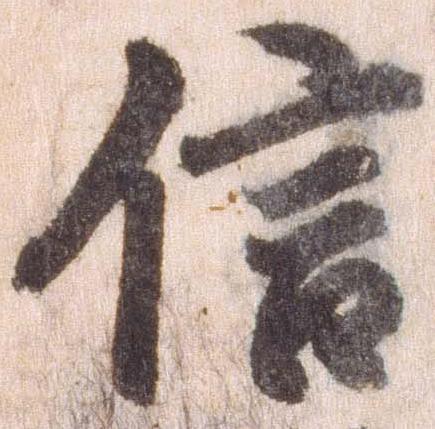
信